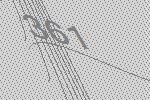
361